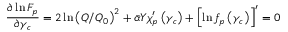
\frac { \partial \ln F _ { p } } { \partial \gamma _ { c } } = 2 \ln \left( Q / Q _ { 0 } \right) ^ { 2 } + \bar { \alpha } Y \chi _ { p } ^ { \prime } \left( \gamma _ { c } \right) + \left[ \ln f _ { p } \left( \gamma _ { c } \right) \right] ^ { \prime } = 0